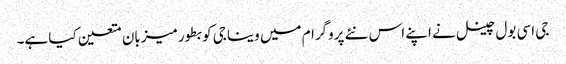
جی اسی بول چینل نے اپنے اس نئے پروگرام میں وینا جی کو بطور میزبان متعین کیا ہے۔